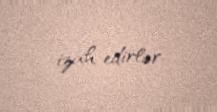
izah edirlər.